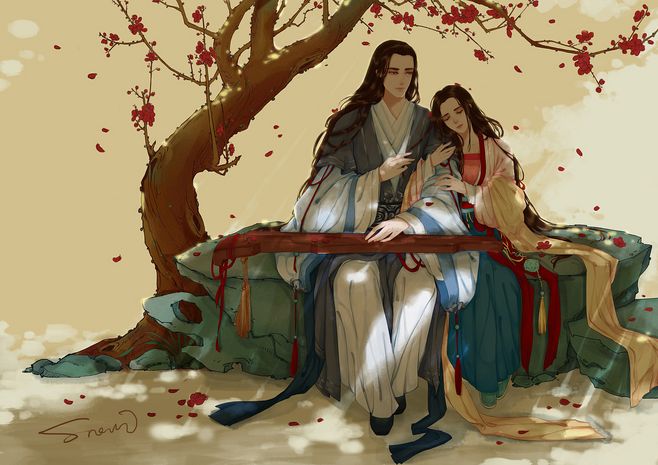
望君烟水阔，挥手泪沾巾。